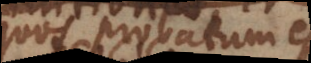
quos probatum est